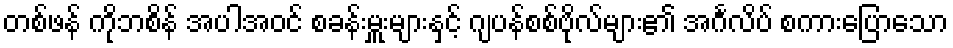
တစ်ဖန် ကိုဘစိန် အပါအဝင် စခန်းမှူးများနှင့် ဂျပန်စစ်ဗိုလ်များ၏ အင်္ဂလိပ် စကားပြောသော